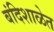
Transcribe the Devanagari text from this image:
बंदिशाळेत